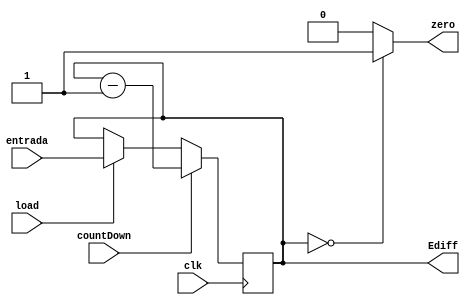
module down_counter(entrada, load, countDown, clk, zero, Ediff); //Cuenta hacia abajo.

// Entradas
input[7:0] entrada; 
input load, countDown, clk; // Bit de carga, 

// Salidas
output zero; // Se pone a 1 cuando el contador llega a zero.

// Registros
output reg [7:0] Ediff; // Es la salida en cada momento

// Cdigo

  always @(posedge clk) begin
	 
	 if(load == 1'b1)
		Ediff <= entrada;
    
    if (countDown) begin
       Ediff <= Ediff - 1;
    end
    
  end 
  
  assign zero = (Ediff == 8'b00000000) ? 1'b1 : 1'b0;
   
endmodule